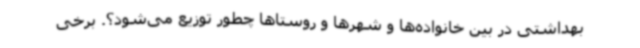
بهداشتی در بین خانواده‌ها و شهرها و روستاها چطور توزیع می‌شود؟. برخی